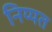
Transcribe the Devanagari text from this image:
निय्यत